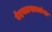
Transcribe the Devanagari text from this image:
वेदपाठशालांना